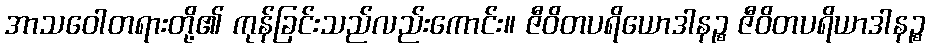
အာသဝေါတရားတို့၏ ကုန်ခြင်းသည်လည်းကောင်း။ ဇီဝိတပရိယောဒါနဉ္စ ဇီဝိတပရိယာဒါနဉ္စ